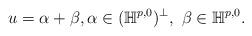
LaTeX: \begin{align*}u = \alpha + \beta,\alpha\in (\mathbb{H}^{p, 0})^\perp,\ \beta\in \mathbb{H}^{p, 0}. \end{align*}